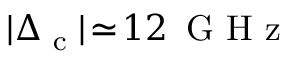
| \Delta _ { \textrm { c } } | \! \simeq \! 1 2 \ensuremath { \, \mathrm { ~ G ~ H ~ z ~ } }